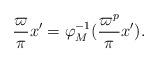
LaTeX: \begin{align*}\frac\varpi\pi x' = \varphi_M^{-1}(\frac{\varpi^p}\pi x').\end{align*}